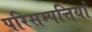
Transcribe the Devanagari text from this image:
परिसम्‍पत्तियां